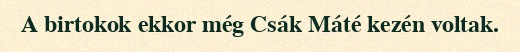
A birtokok ekkor még Csák Máté kezén voltak.